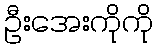
ဦးအေးကိုကို